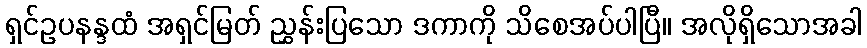
ရှင်ဥပနန္ဒထံ အရှင်မြတ် ညွှန်းပြသော ဒကာကို သိစေအပ်ပါပြီ။ အလိုရှိသောအခါ